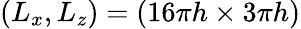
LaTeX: (L_{x},L_{z})=(16\pi h\times 3\pi h)